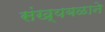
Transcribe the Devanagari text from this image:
संख्यबळाने